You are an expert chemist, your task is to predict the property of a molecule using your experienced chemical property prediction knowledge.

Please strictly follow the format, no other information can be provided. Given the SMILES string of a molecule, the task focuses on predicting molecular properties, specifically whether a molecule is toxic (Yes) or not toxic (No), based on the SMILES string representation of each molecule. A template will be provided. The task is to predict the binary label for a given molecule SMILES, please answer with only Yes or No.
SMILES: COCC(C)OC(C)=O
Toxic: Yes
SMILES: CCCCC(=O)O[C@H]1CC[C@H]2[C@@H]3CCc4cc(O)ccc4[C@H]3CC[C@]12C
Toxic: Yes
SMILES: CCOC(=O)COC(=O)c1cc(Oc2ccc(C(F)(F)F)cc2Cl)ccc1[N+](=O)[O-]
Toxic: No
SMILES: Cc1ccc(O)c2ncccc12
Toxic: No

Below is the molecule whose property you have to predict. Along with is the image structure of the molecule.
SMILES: NS(=O)(=O)c1cc(C(=O)NN2C[C@H]3[C@H]4CCC(C4)[C@H]3C2)ccc1Cl
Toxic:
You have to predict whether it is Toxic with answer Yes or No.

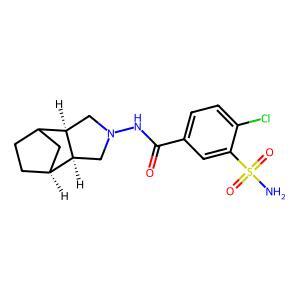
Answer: No